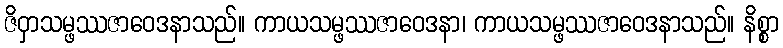
ဇိဝှာသမ္ဖဿဇာဝေဒနာသည်။ ကာယသမ္ဖဿဇာဝေဒနာ၊ ကာယသမ္ဖဿဇာဝေဒနာသည်။ နိစ္စာ